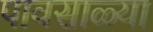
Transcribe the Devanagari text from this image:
पावसाळ्या